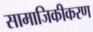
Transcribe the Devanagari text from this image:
सामाजिकीकरण